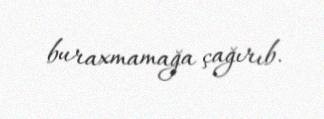
buraxmamağa çağırıb.